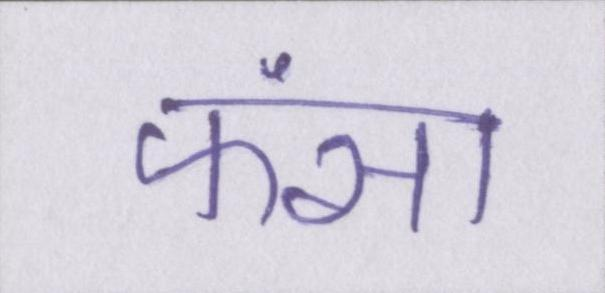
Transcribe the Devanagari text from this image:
फंसा